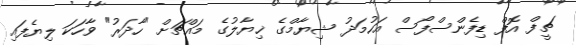
ޗީފް އޮފް ޑިފެންސްފޯސް އަހުމަދު ޝިޔާމްގެ ޚިޔާލުގެ މައްޗަށް "ހާދަރު" ވާހަކަ ލިޔެފައި